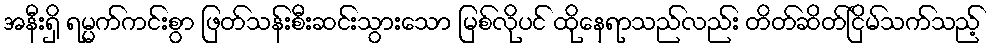
အနီးရှိ ရမ္မက်ကင်းစွာ ဖြတ်သန်းစီးဆင်းသွားသော မြစ်လိုပင် ထိုနေရာသည်လည်း တိတ်ဆိတ်ငြိမ်သက်သည့်